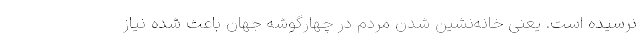
نرسیده است. یعنی خانه‌نشین شدن مردم در چهارگوشه جهان باعث شده نیاز